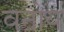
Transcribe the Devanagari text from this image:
वनोय